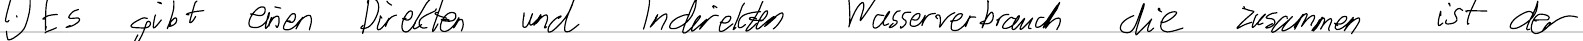
1.) Es gibt einen Direkten und Indirekten Wasserverbrauch die zusammen ist der